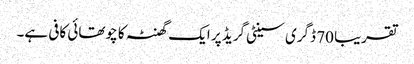
تقریبا 70 ڈگری سینٹی گریڈ پر ایک گھنٹہ کا چوتھائی کافی ہے۔